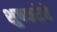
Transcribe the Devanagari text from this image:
शुषकतेचे